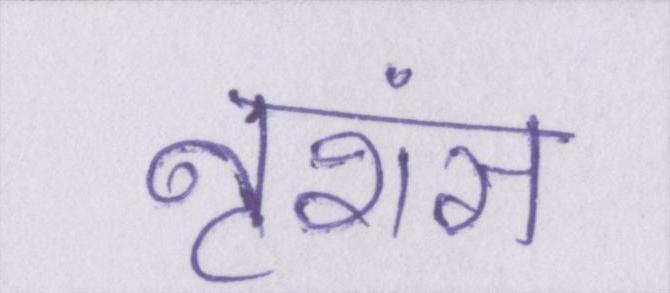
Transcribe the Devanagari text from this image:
नृशंस